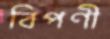
বিপণী